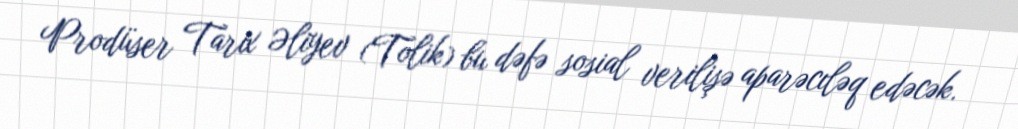
Prodüser Tarix Əliyev (Tolik) bu dəfə sosial verilişə aparəcıləq edəcək.